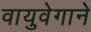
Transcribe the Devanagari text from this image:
वायुवेगाने